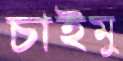
চাইমু